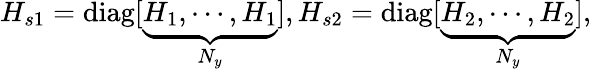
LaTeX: H_{s1}=\operatorname{diag}[\underbrace{H_{1},\cdots,H_{1}}_{N_{y}}],H_{s2}=\operatorname{diag}[\underbrace{H_{2},\cdots,H_{2}}_{N_{y}}],